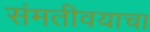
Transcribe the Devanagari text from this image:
संमतीवयाचा